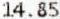
14.85